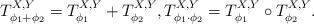
LaTeX: \begin{align*} T_{\phi_1+\phi_2}^{X,Y}=T_{\phi_1}^{X,Y}+T_{\phi_2}^{X,Y},T_{\phi_1\cdot \phi_2}^{X,Y}=T_{\phi_1}^{X,Y}\circ T_{\phi_2}^{X,Y}. \end{align*}